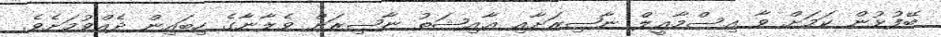
ބޭފުޅުން ކަމަށް ވާ އިސްމާޢީލް ނާޞިރަށާއި ޢާއިޝަތު ނާޞިރަށް ވެލާނާގެ ހިބައިން ދެއްވުމަށެވެ.